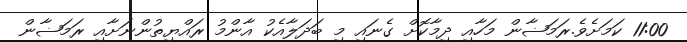
11:00 ކަމަށެވެ.ރަމަޟާން މަހާއި ދިމާކޮށް ގެނައި މި ބަދަލާއެކު އާންމު ރައްޔިތުންނަށާއި ރަމަޟާން